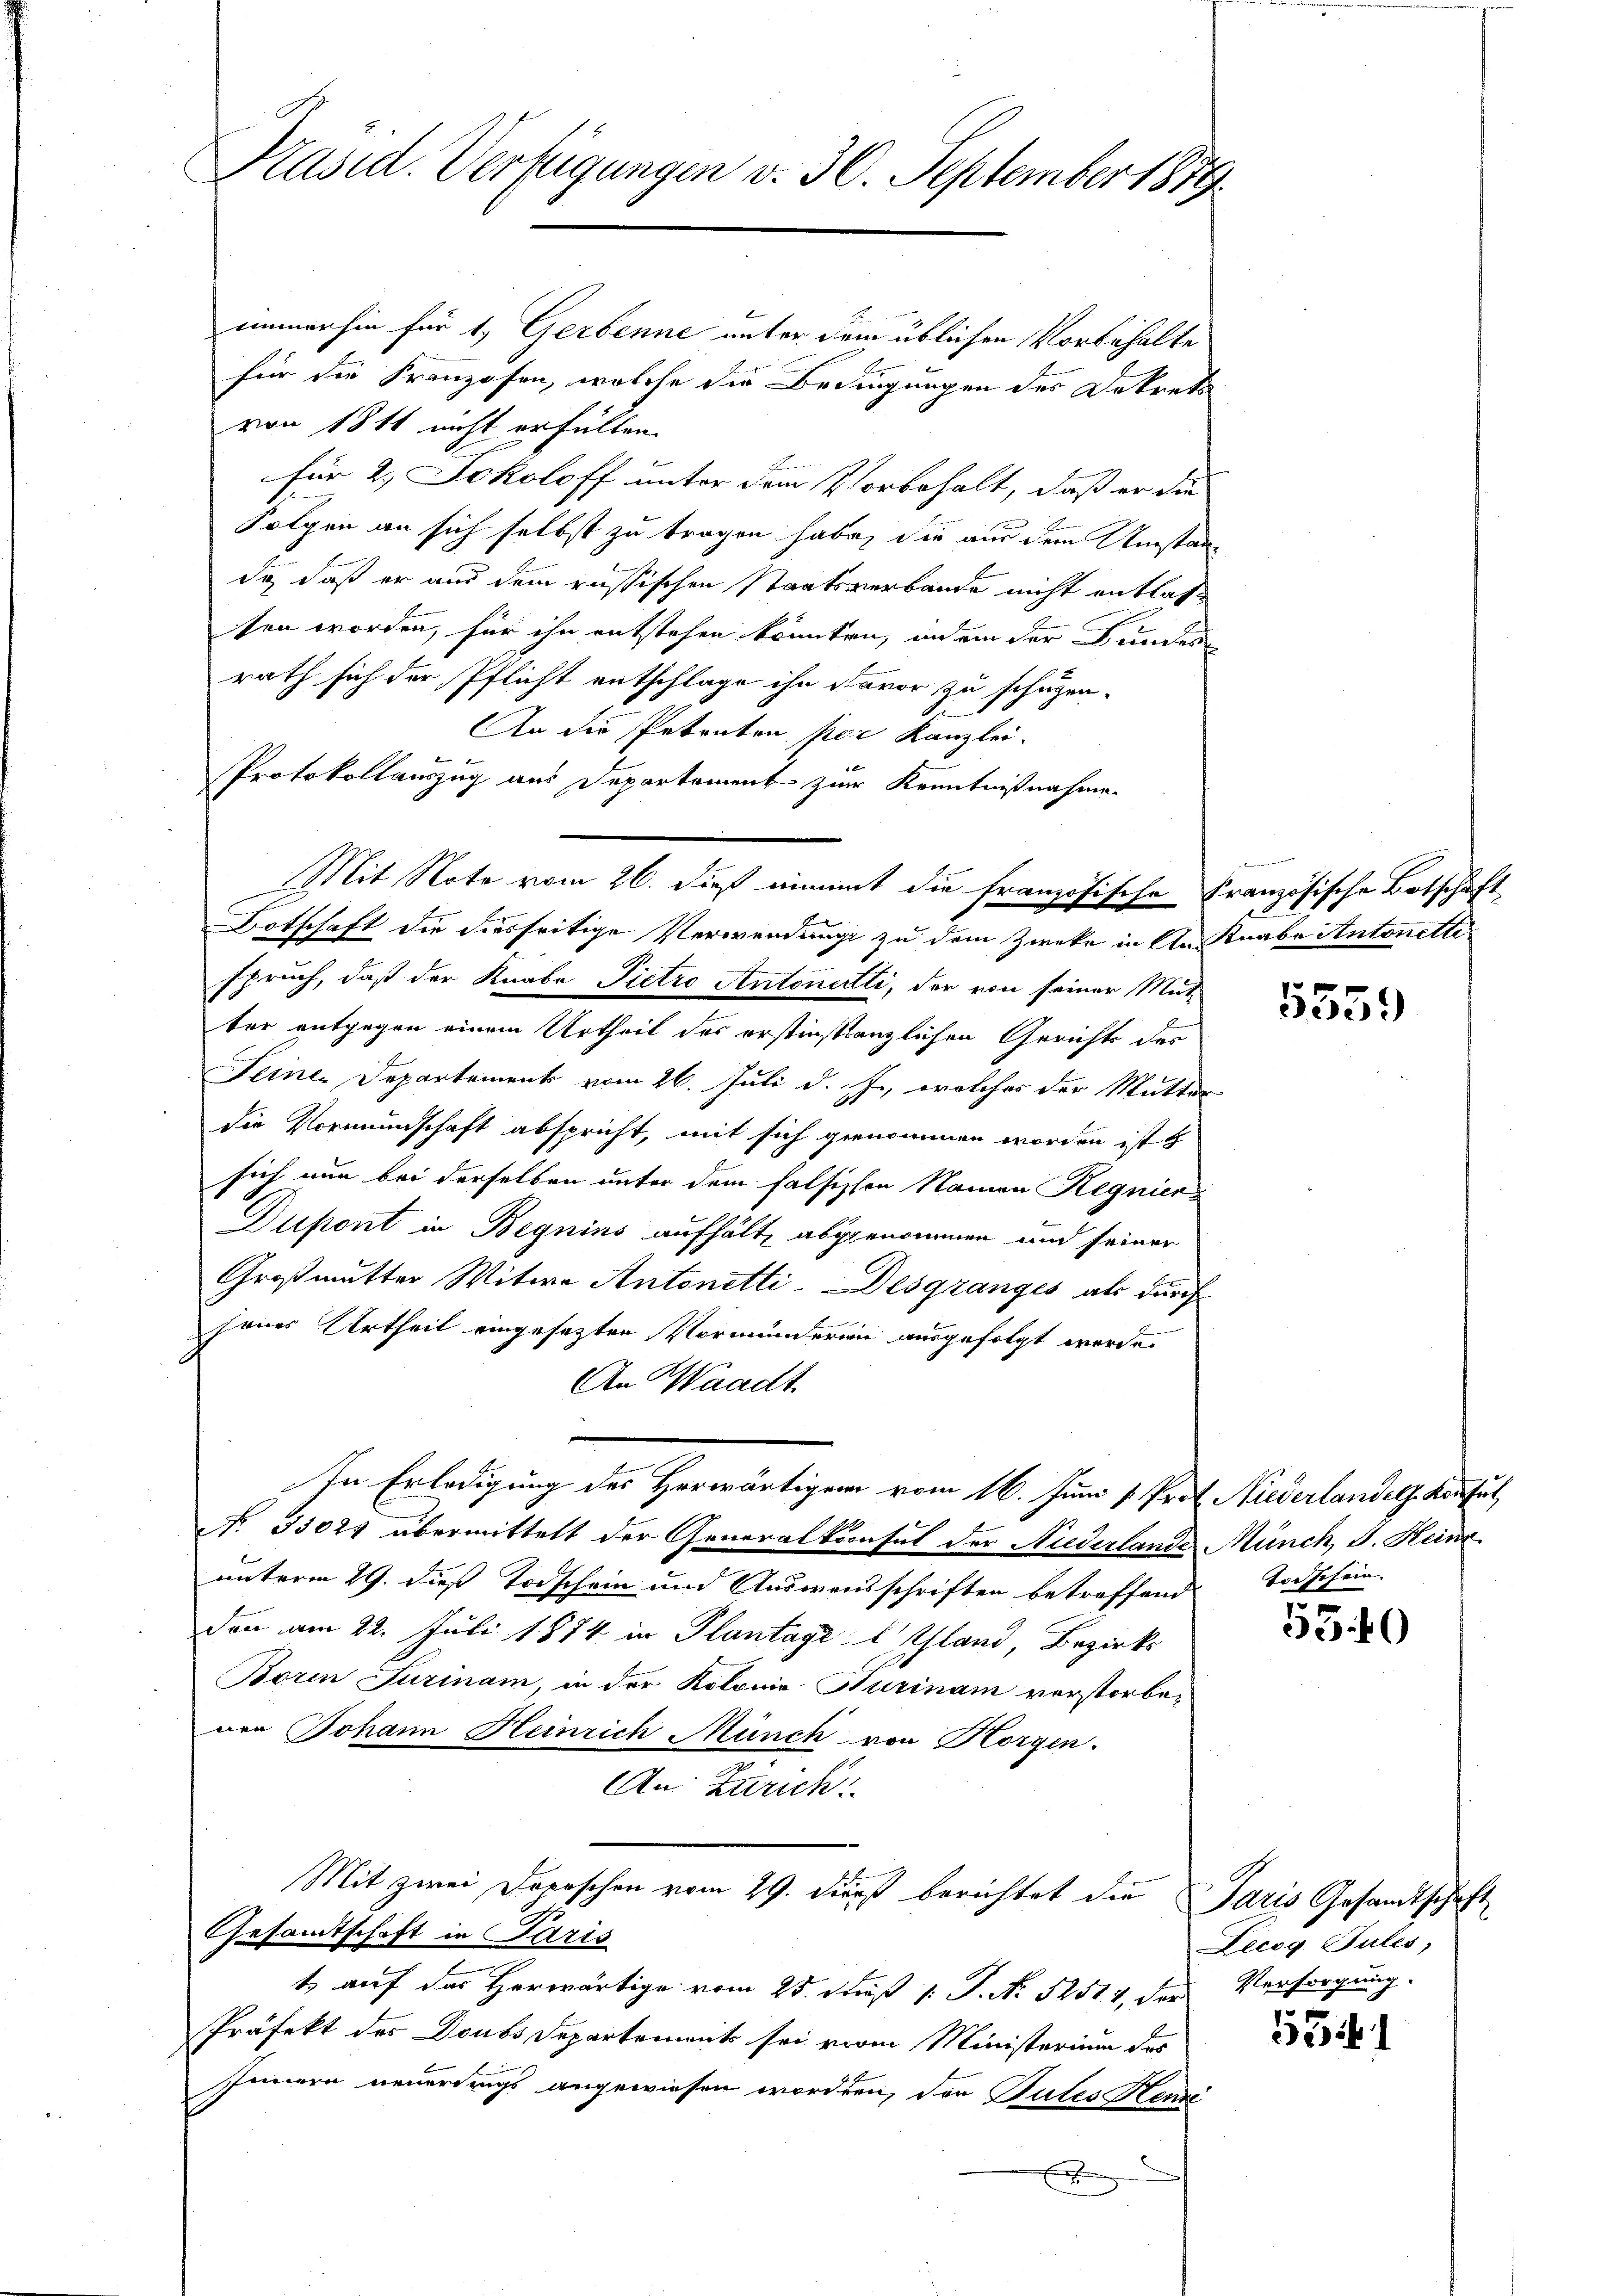
Präsid. Verfügungen v. 30. September 1879.

immerhin für 1, Gerbenne unter dem üblichen Vorbehalte
für die Franzosen, welche die Bedingungen des Dekrets
von 18 t nicht erfüllen.
für 2. Scholoff unter dem Vorbehalt, daß er die
Folgen an sich selbst zu tragen habe, die aus dem Umstanda, daß er aus dem russischen Staatsverbande nicht entlasse
sen worden, für ihn entstehen könnten, indem der Bundes-
rath sich der Pflicht entschlage ihn davor zu schützen.
.
An die Petenten per Kanzlei.
Protokollauszug aus Departement zur Kenntnißnahme
Betschaft die diesseitige Verwendungs zu dem Zwecke in Annabe Antonetter
spruch, daß der Knabe Pietro Antonertti, der von seiner Mutter entgegen einem Urtheil des erstinstanzlichen Gerichts des
Seiner Departement vom 26. Juli d. J., welches der Mutter
die Vormundschaft abspricht, mit sich genommen worden ist u
sich nun bei derselben unter dem falsischen Namen Regnier
Dupont in Begnins aufhält abgenommen und seiner
Großmutter Witwe Antonetti-Desgranges als durch
jenes Urtheil eingesetzten Vormunderen ausgefolgt werde.
An Waadt
In Erledigung des Herwärtigen vom 16. Juni v. Prof. Niederlandels Konsul
No. 55025 übermittelt der Generalkoonsul der Niederlande Münch, S. Heinr
unterm 29. dieß Todschein und Ausweisschriften betreffend Todschein.
don am 22. Juli 1874 in Plantageltland, Bezirks
Borin Turinam, in der Kolonie Nurinam vorstorbenen Johann Heinrich Münch von Horgen.
An Zürich.
Mit zwei Dreischen vom 29. Diens berichtet die Paris Gesandtschaft
Gesamtschaft in Paris
t auf das Herwärtige vom 25. Fuß 1 S. N. 52514, der Versorgung.
Präfekt des Doubs Departement sei vom Ministerium des
Innern neuerdings angewiesen worden, den Putes Stendi
x

Mit Note vom 26. dieß einmit die Französische Französische Botschaft

ab

5559

530

5341

Tecog Pules,